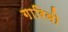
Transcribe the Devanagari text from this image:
गारिबो